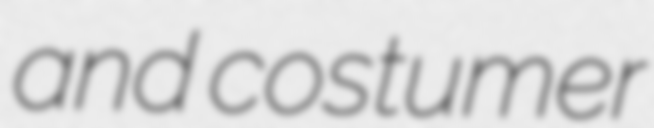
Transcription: and costumer